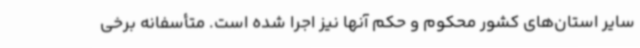
سایر استان‌های کشور محکوم و حکم آنها نیز اجرا شده است. متأسفانه برخی